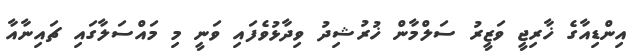
އިންޑިއާގެ ޚާރިޖީ ވަޒީރު ސަލްމާން ޚުރުޝިދު ވިދާޅުވެފައި ވަނީ މި މައްސަލާގައި ޗައިނާއާ